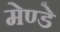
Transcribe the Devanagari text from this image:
मेण्डे